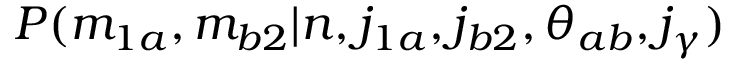
P ( m _ { 1 a } , m _ { b 2 } | n , j _ { 1 a } , j _ { b 2 } , \theta _ { a b } , j _ { \gamma } )